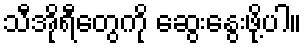
သီအိုရီတွေကို ဆွေးနွေးဖို့ပါ။